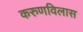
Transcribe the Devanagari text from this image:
करुणविलास